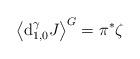
LaTeX: \begin{gather*}\big\langle\mathrm{d}_{1,0}^{\gamma}J\big\rangle^{G}=\pi^{\ast}\zeta\end{gather*}